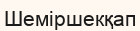
Шеміршекқап